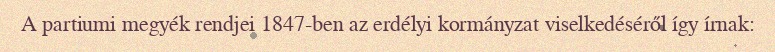
A partiumi megyék rendjei 1847-ben az erdélyi kormányzat viselkedéséről így írnak: